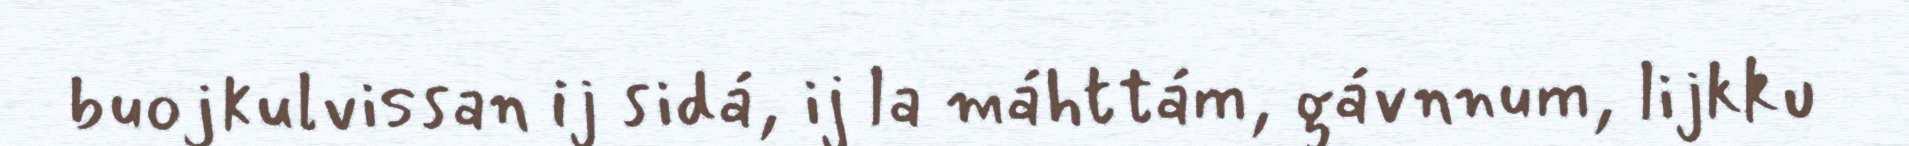
buojkulvissan ij sidá, ij la máhttám, gávnnum, lijkku